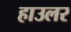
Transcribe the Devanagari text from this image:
हाउलर